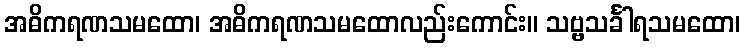
အဓိကရဏသမထော၊ အဓိကရဏသမထောလည်းကောင်း။ သဗ္ဗသင်္ခါရသမထော၊